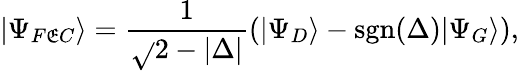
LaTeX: |\Psi_{F\mathfrak{E}C}\rangle=\frac{{1}}{{\sqrt{}{{2-|\Delta|}}}}\left(|\Psi_{D}\rangle-\mathrm{{sgn}}(\Delta)|\Psi_{G}\rangle\right),